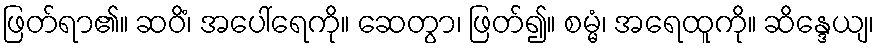
ဖြတ်ရာ၏။ ဆဝိံ၊ အပေါ်ရေကို။ ဆေတွာ၊ ဖြတ်၍။ စမ္မံ၊ အရေထူကို။ ဆိန္ဒေယျ၊